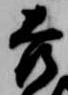
吉